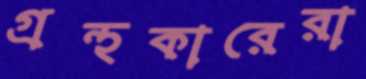
গ্রন্থকারেরা